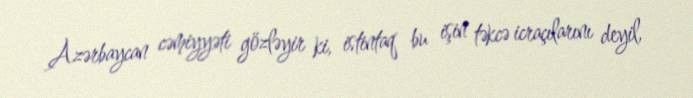
Azərbaycan cəmiyyəti gözləyir ki, istintaq bu işin təkcə icraçılarını deyil,